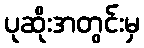
ပုဆိုးအတွင်းမှ